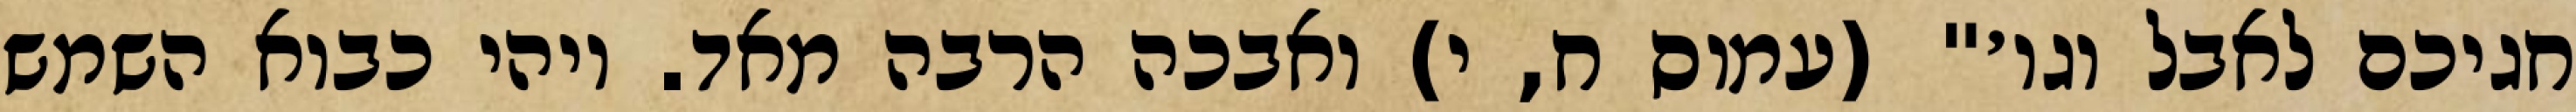
חגיכם לאבל וגו׳" (עמוס ח, י) ואבכה הרבה מאד. ויהי כבוא השמש